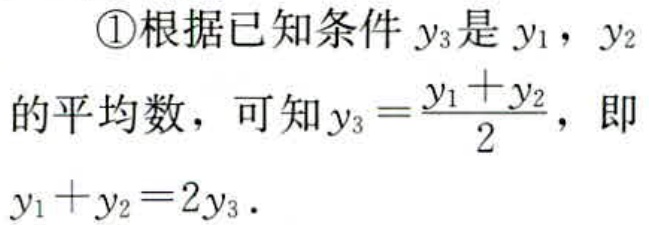
\textcircled{1}根据已知条件 \(y_3\)是 \(y_1\)，\(y_2\)的平均数，可知\(y_3 = \frac{y_1 + y_2}{2}\)，即\(y_1 + y_2 = 2y_3\).